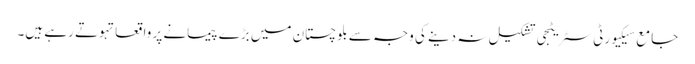
جامع سیکیورٹی سٹریٹجی تشکیل نہ دینے کی وجہ سے بلوچستان میں بڑے پیمانے پر واقعاتہوتے رہے ہیں۔